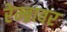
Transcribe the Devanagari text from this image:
रेम्ब्रावर